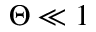
\Theta \ll 1